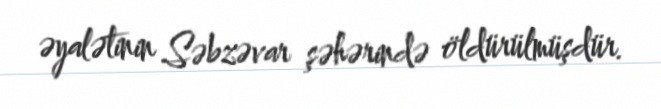
əyalətinin Səbzəvar şəhərində öldürülmüşdür.